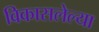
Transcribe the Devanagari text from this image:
विकासलेल्या